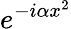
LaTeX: e^{-i\alpha x^{2}}